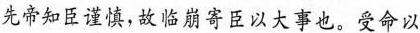
先帝知臣谨慎，故临崩寄臣以大事也。受命以